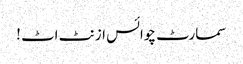
سمارٹ چوائس ازنٹ اٹ !